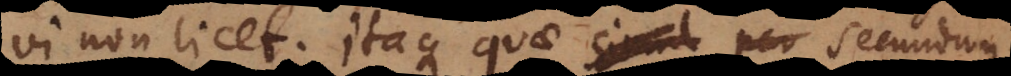
vi non licet. Itaque quae simul per secundum